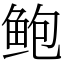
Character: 鲍